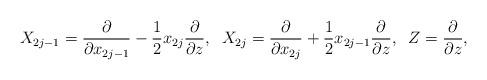
LaTeX: \begin{align*}X_{2j-1}=\frac{\partial}{\partial x_{2j-1}} - \frac{1}{2} x_{2j} \frac{\partial}{\partial z}, \; \; X_{2j}= \frac{\partial}{\partial x_{2j}} + \frac{1}{2} x_{2j-1} \frac{\partial}{\partial z}, \; \; Z= \frac{\partial}{\partial z},\end{align*}